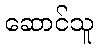
ဆောင်သူ